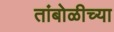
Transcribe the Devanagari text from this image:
तांबोळीच्या